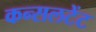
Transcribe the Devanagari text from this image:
कन्सलटेंट